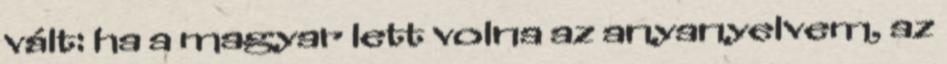
vált: ha a magyar lett volna az anyanyelvem, az